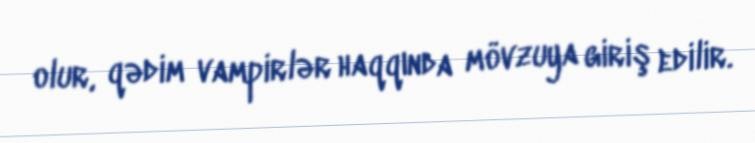
olur, qədim vampirlər haqqında mövzuya giriş edilir.